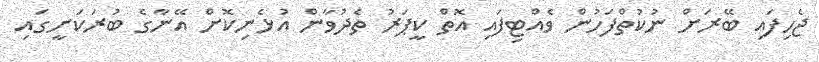
ޖެހިފައި ބޭރަށް ނުކުތްފަހުން ވެއްޓިފައި އޮތް ކީޕަރު ތެދުވާން އުޅެނިކޮށް އޭނާގެ ބުރަކަށީގައި